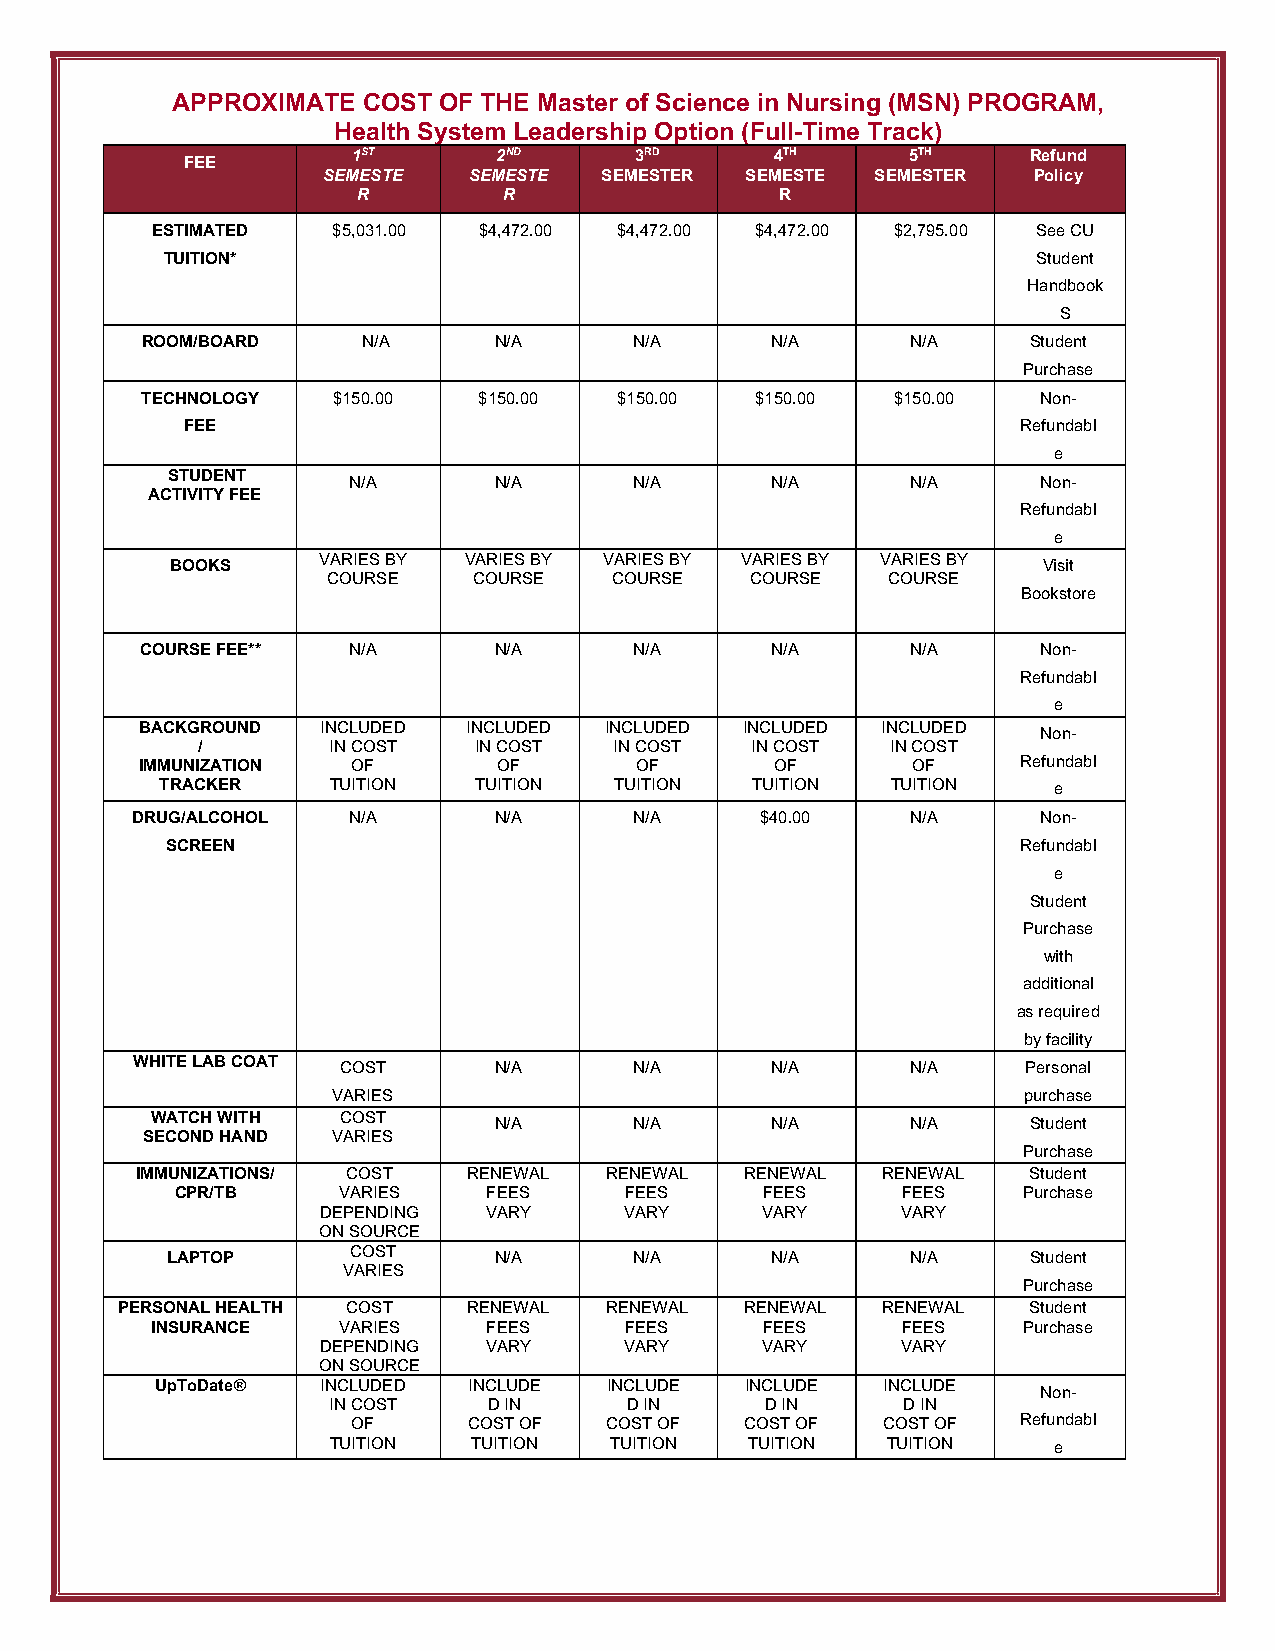
APPROXIMATE  COST OF THE Master of Science in Nursing (MSN) PROGRAM,
 Health System Leadership Option (Full-Time Track)
 1ST       2ND      3RD      4TH      5TH     Refund
 FEE
 SEMESTE   SEMESTE  SEMESTER SEMESTE  SEMESTER  Policy
 R        R                  R
 ESTIMATED   $5,031.00 $4,472.00 $4,472.00 $4,472.00 $2,795.00 See CU
 TUITION*                                                  Student
 Handbook
 S
 ROOM/BOARD     N/A      N/A      N/A      N/A      N/A     Student
 Purchase
 TECHNOLOGY   $150.00   $150.00  $150.00  $150.00  $150.00   Non-
 FEE                                                     Refundabl
 e
 STUDENT
 N/A       N/A      N/A      N/A      N/A      Non-
 ACTIVITY FEE
 Refundabl
 e
 VARIES BY VARIES BY VARIES BY VARIES BY VARIES BY
 BOOKS                                                     Visit
 COURSE   COURSE   COURSE    COURSE   COURSE
 Bookstore
 COURSE FEE**  N/A       N/A      N/A      N/A      N/A      Non-
 Refundabl
 e
 BACKGROUND  INCLUDED  INCLUDED INCLUDED INCLUDED INCLUDED
 Non-
 /        IN COST  IN COST   IN COST  IN COST  IN COST
 IMMUNIZATION  OF        OF       OF       OF       OF      Refundabl
 TRACKER    TUITION  TUITION   TUITION  TUITION  TUITION    e
 DRUG/ALCOHOL  N/A       N/A      N/A     $40.00    N/A      Non-
 SCREEN                                                   Refundabl
 e
 Student
 Purchase
 with
 additional
 as required
 by facility
 WHITE LAB COAT
 COST      N/A      N/A      N/A      N/A     Personal
 VARIES                                        purchase
 WATCH WITH   COST
 N/A      N/A      N/A      N/A     Student
 SECOND HAND VARIES
 Purchase
 IMMUNIZATIONS/ COST   RENEWAL  RENEWAL  RENEWAL  RENEWAL   Student
 CPR/TB    VARIES    FEES     FEES      FEES     FEES    Purchase
 DEPENDING  VARY     VARY     VARY      VARY
 ON SOURCE
 COST
 LAPTOP                N/A      N/A      N/A      N/A     Student
 VARIES
 Purchase
 PERSONAL HEALTH COST   RENEWAL  RENEWAL  RENEWAL  RENEWAL   Student
 INSURANCE   VARIES    FEES     FEES      FEES     FEES    Purchase
 DEPENDING  VARY     VARY     VARY      VARY
 ON SOURCE
 UpToDate®  INCLUDED  INCLUDE  INCLUDE  INCLUDE  INCLUDE
 Non-
 IN COST   D IN     D IN      D IN     D IN
 OF      COST OF  COST OF  COST OF  COST OF   Refundabl
 TUITION  TUITION  TUITION   TUITION  TUITION    e